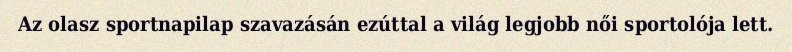
Az olasz sportnapilap szavazásán ezúttal a világ legjobb női sportolója lett.